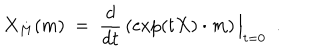
X _ { M } ( m ) ~ = ~ { \frac { d } { d t } } \, ( \exp ( t X ) \cdot m ) \, \Big | _ { t = 0 } ~ ~ .